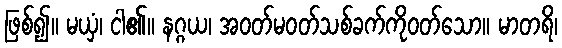
ဖြစ်၍။ မယှံ၊ ငါ၏။ နဂ္ဂယ၊ အဝတ်မဝတ်သစ်ခက်ကိုဝတ်သော။ မာတရိ၊